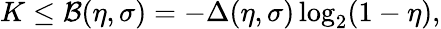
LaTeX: K\leq\mathcal{B}(\eta,\sigma)=-\Delta(\eta,\sigma)\log_{2}(1-\eta),